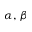
\alpha , \, \beta